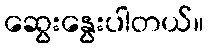
ဆွေးနွေးပါတယ်။